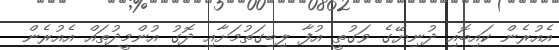
އެއުރެން ކައިބޮއި ދުނިޔޭގެ ވަގުތީ އުފާ ލިބިގަތުމަށާއި ދޮގު އުންމީދުތައް އެއުރެން